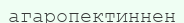
агаропектиннен